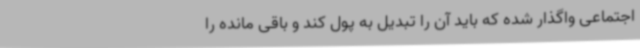
اجتماعی واگذار شده که باید آن را تبدیل به پول کند و باقی مانده را